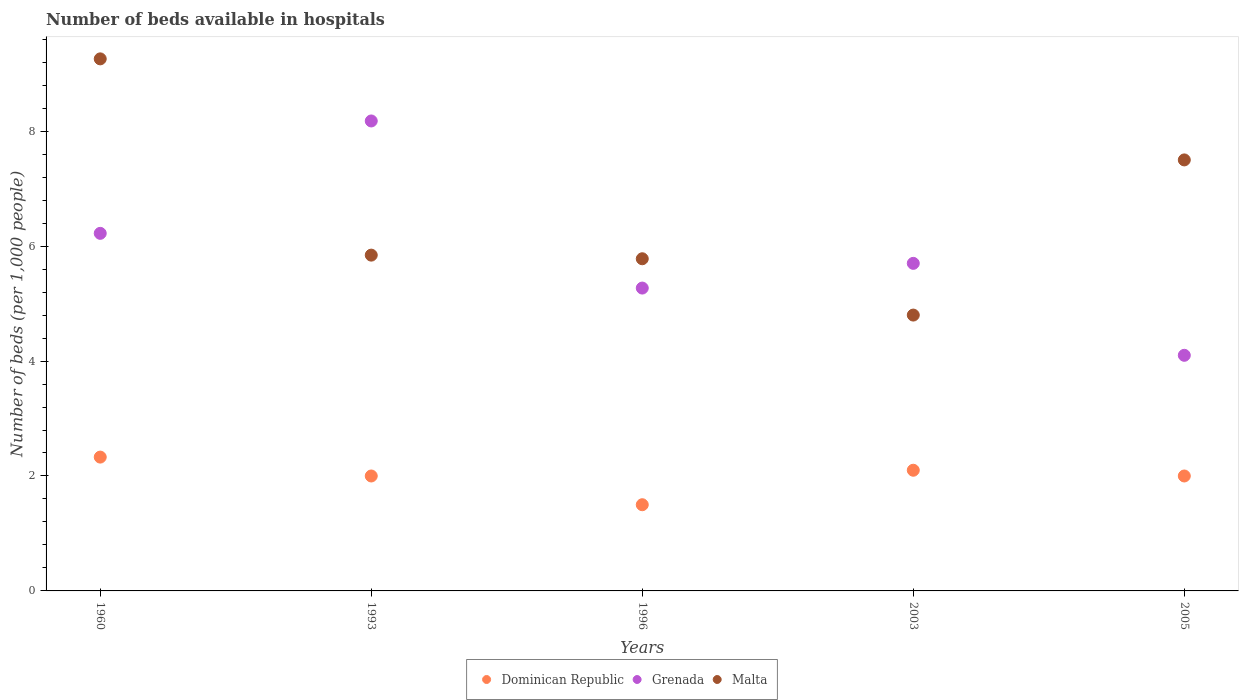
| Years | Dominican Republic | Grenada | Malta |
 | --- | --- | --- | --- |
 | 1960 | 2.33 | 6.22 | 9.26 |
 | 1993 | 2 | 8.18 | 5.84 |
 | 1996 | 1.5 | 5.27 | 5.78 |
 | 2003 | 2.1 | 5.7 | 4.8 |
 | 2005 | 2 | 4.1 | 7.5 |